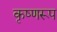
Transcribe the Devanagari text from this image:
कृष्णरूप